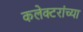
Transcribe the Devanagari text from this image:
कलेक्टरांच्या